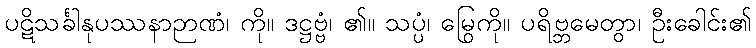
ပဋိသင်္ခါနုပဿနာဉာဏံ၊ ကို။ ဒဋ္ဌဗ္ဗံ၊ ၏။ သပ္ပံ၊ မြွေကို။ ပရိဗ္ဘမေတွာ၊ ဦးခေါင်း၏